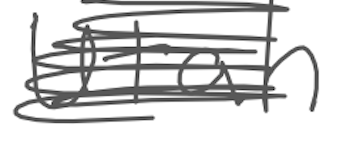
Text: Utah
Cross-out: mix
Writing tool: digital_gray